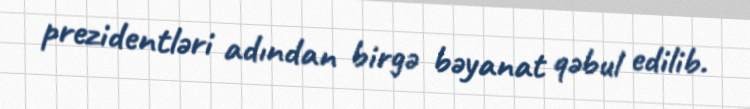
prezidentləri adından birgə bəyanat qəbul edilib.